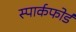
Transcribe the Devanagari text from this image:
स्पार्कफोर्ड